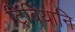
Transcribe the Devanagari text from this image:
ट्रिबियानि